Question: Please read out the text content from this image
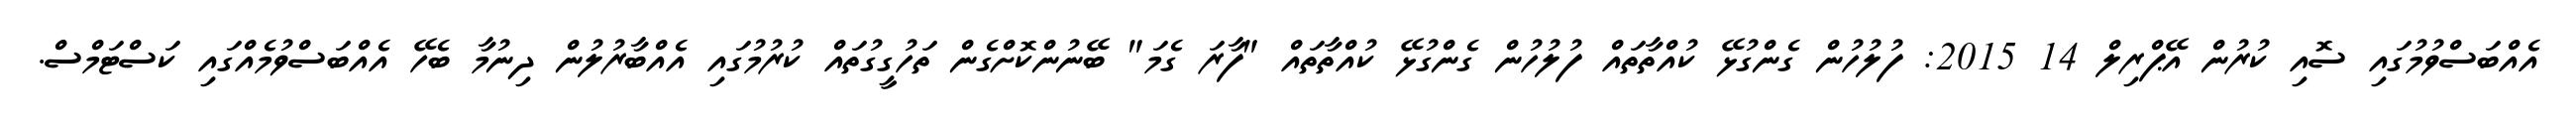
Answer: އެއްބަސްވުމުގައި ސޮއި ކުރުން އޭޕްރިލް 14 2015: ފުލުހުން ގެންގުޅޭ ކުއްތާތައް ފުލުހުން ގެންގުޅޭ ކުއްތާތައް "ފާރަ ގެމަ" ބޭނުންކޮށްގެން ތަހުގީގުތައް ކުރުމުގައި އެއްބާރުލުން ދިނުމާ ބެހޭ އެއްބަސްވުމެއްގައި ކަސްޓަމްސް.